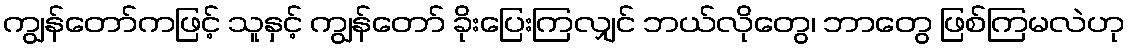
ကျွန်တော်ကဖြင့် သူနှင့် ကျွန်တော် ခိုးပြေးကြလျှင် ဘယ်လိုတွေ၊ ဘာတွေ ဖြစ်ကြမလဲဟု